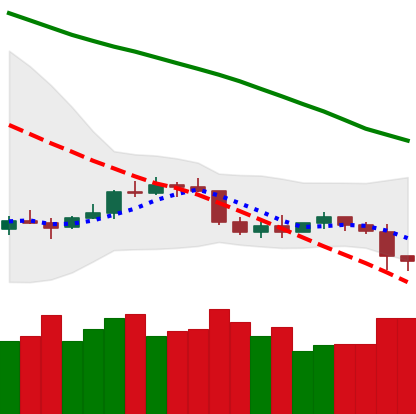
Ticker: ETC-USD
Chart end date: 2022-01-06
Forward return: -6.445%
Label: down_5_7